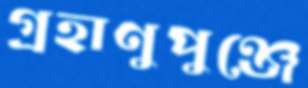
গ্রহাণুপুঞ্জে